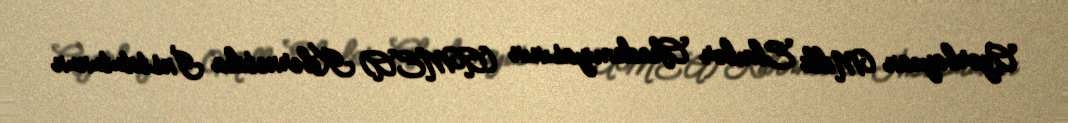
Azərbaycan Milli Elmlər Akademiyasının (AMEA) Kibernetika İnstitutunun